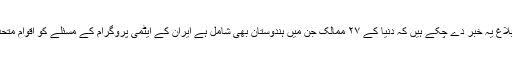
بہ ہرکیف شنبہ ۴/فروری ۲۰۰۶/ (۵/محرم ۱۴۲۷ھ) کو عالمی ذرائع ابلاغ یہ خبر دے چکے ہیں کہ دنیا کے ۲۷ ممالک جن میں ہندوستان بھی شامل ہے اِیران کے ایٹمی پروگرام کے مسئلے کو اقوام متحدہ کی سلامتی کونسل میں لے جانے کے حق میں ووٹ دے چکے ہیں۔